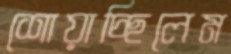
শোয়াচ্ছিলেম